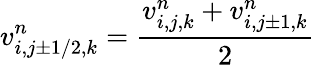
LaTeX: v_{i,j\pm 1/2,k}^{n}=\frac{v_{i,j,k}^{n}+v_{i,j\pm 1,k}^{n}}{2}